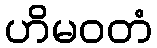
ဟိမဝတံ